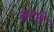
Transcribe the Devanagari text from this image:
बटते